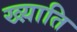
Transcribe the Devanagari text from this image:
ख्य़ाति